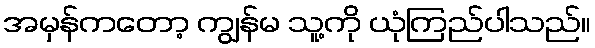
အမှန်ကတော့ ကျွန်မ သူ့ကို ယုံကြည်ပါသည်။